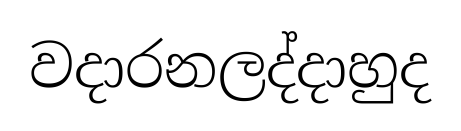
වදාරනලද්දාහුද